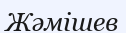
Жәмішев